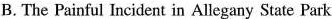
B. The Painful Incident in Allegany State Park